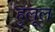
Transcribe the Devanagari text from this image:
हुलूल